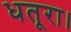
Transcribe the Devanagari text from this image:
धतूरा।